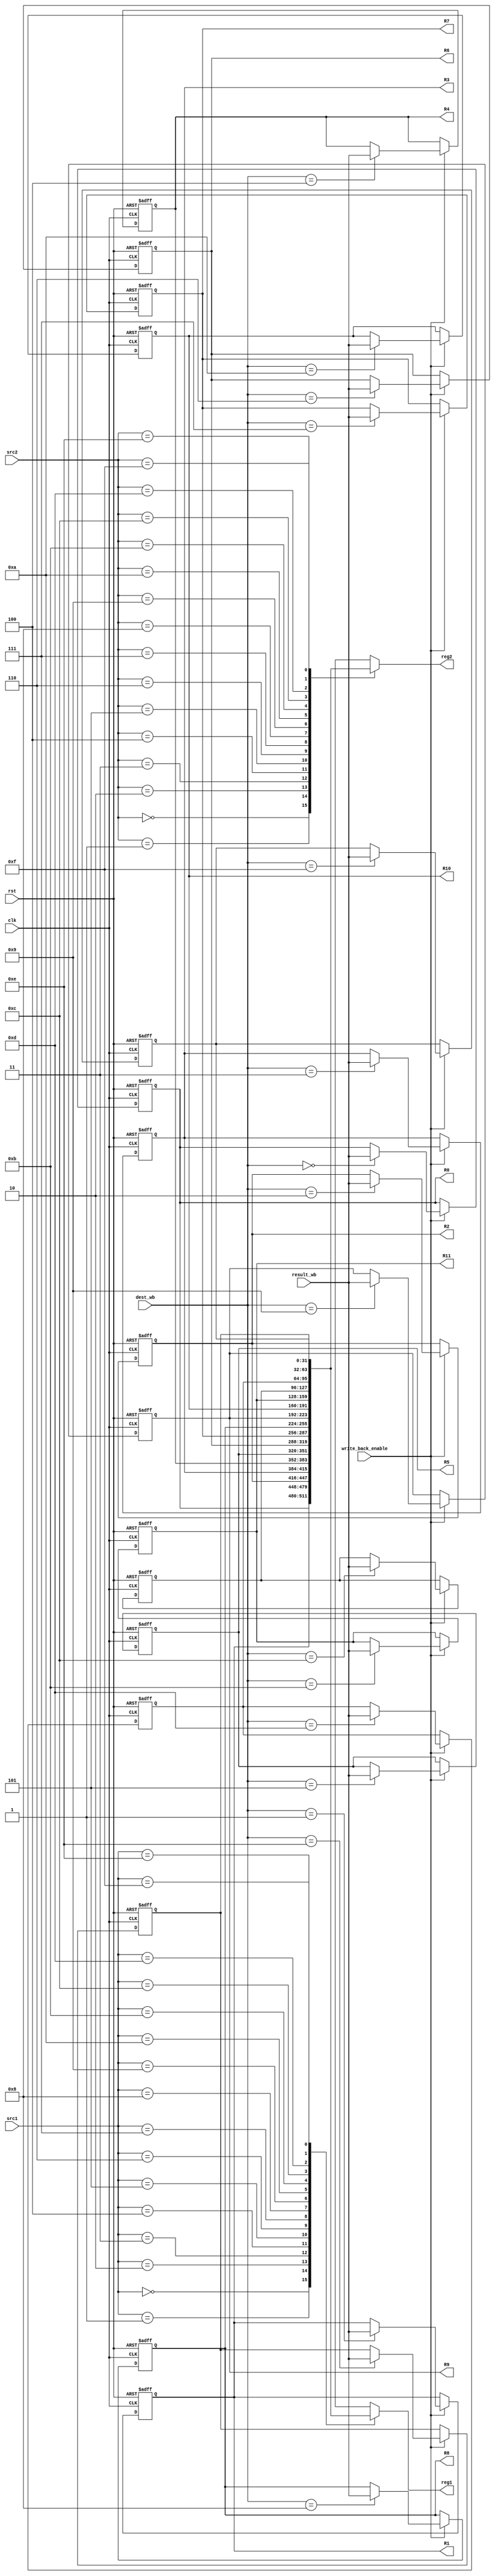
module register_file ( 
  input clk, rst,
  input[3:0] src1, src2, dest_wb, 
  input[31:0] result_wb, 
  input write_back_enable,
  output reg [31:0] reg1, reg2,
  output [31:0] R0,R1,R2,R3,R4,R5,R6,R7,R8,R9,R10,R11
);
  
  reg[31:0] regs[15:0];
  assign R0 = regs[0];
  assign R1 = regs[1];
  assign R2 = regs[2];
  assign R3 = regs[3];
  assign R4 = regs[4];
  assign R5 = regs[5];
  assign R6 = regs[6];
  assign R7 = regs[7];
  assign R8 = regs[8];
  assign R9 = regs[9];
  assign R10 = regs[10];
  assign R11 = regs[11];

    always @(src1, src2, regs[src1], regs[src2]) begin
      reg1 <= regs[src1];
      reg2 <= regs[src2];
    end
  
  integer i;
	always @(negedge clk, posedge rst) begin
		if (rst) begin
			for (i = 0; i < 16; i = i + 1) begin
				regs[i] <= i;
			end
		end
		else if (write_back_enable) begin 
			regs[dest_wb] <= result_wb;
		end
	end

endmodule